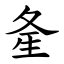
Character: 㚅